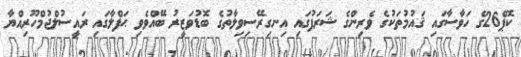
ކޮޕް26ގެ ހަވާސާގައި ޤައުމުތަކުގެ ވެރިންގެ ޝަރަފުގައި އިނގިރޭސިވިލާތުގެ ބޮޑުވަޒީރު ބޭއްވެވި ޙަފްލާގައި ރައީސުލްޖުމްހޫރިއްޔާ